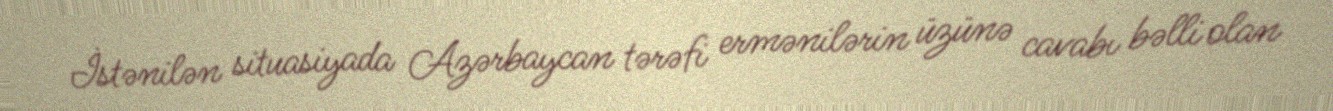
İstənilən situasiyada Azərbaycan tərəfi ermənilərin üzünə cavabı bəlli olan